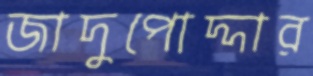
জাদুপোদ্দার